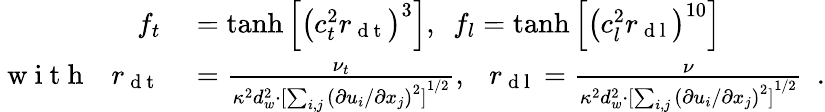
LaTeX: \begin{array}{rl}{f_{t}}&{{}=\operatorname{tanh}{\left[{\left(c_{t}^{2}r_{\mathrm{~d~t~}}\right)}^{3}\right]},\ \ f_{l}=\operatorname{tanh}{\left[{\left(c_{l}^{2}r_{\mathrm{~d~l~}}\right)}^{10}\right]}}\\ {\mathrm{~w~i~t~h~}\ \ \ r_{\mathrm{~d~t~}}}&{{}=\frac{\nu_{t}}{\kappa^{2}d_{w}^{2}\cdot{[\sum_{i,j}{\left(\partial u_{i}/\partial x_{j}\right)}^{2}]}^{1/2}},\ \ \ r_{\mathrm{~d~l~}}=\frac{\nu}{\kappa^{2}d_{w}^{2}\cdot{[\sum_{i,j}{\left(\partial u_{i}/\partial x_{j}\right)}^{2}]}^{1/2}}\ \ .}\end{array}